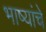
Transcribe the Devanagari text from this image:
भाष्यांचे